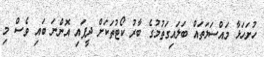
ހުށަހަޅާ މައްސަލަތައް ބަލައިގަތުމުގެ ބާރު ކޯޓުތަކަށް ދީފައި އޮންނަ ބައި ވެސް މި